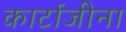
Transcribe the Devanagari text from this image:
कार्टाजीना